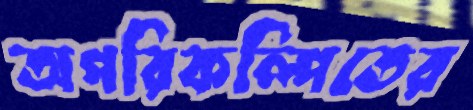
অপরিকল্পিতের